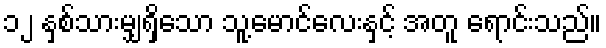
၁၂ နှစ်သားမျှရှိသော သူ့မောင်လေးနှင့် အတူ ရောင်းသည်။